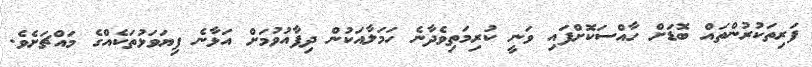
ފަރިތަކުރުންތައް ބޮޑަށް ހާއްސަކޮށްފައި ވަނީ ކުރިމަތިވެދާނެ ހަމަލާއަކުން ދިފާއުވުމަށް އަޅާނެ ފިޔަވަޅުތަކެއްގެ މައްޗަށެވެ.